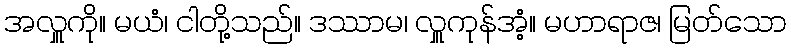
အလှူကို။ မယံ၊ ငါတို့သည်။ ဒဿာမ၊ လှူကုန်အံ့။ မဟာရာဇ၊ မြတ်သော